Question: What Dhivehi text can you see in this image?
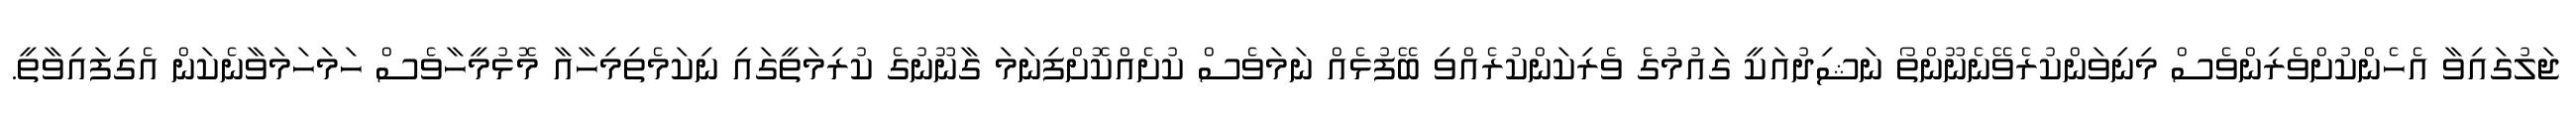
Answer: ޖަލުގައިވާ އެހެންކުށްވެރިންވެސް މިނިވަންކުރެވޭނެނޫންތޯ ނަޝިދުއަކީ ގައުމުގެ ވެރިކަންކުރެއްވި ބޭފުޅެއް ނަމަވެސް ކުށެއްކޮށްފިނަމަ ގާނޫނުގެ ކުރިމަތީގައި ނިކަމެތިމިހާއާ މޮޅުމީހާވެސް ހަމަހަމަވާނެކަން އެގިފައިވާތީ.